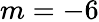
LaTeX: m=-6